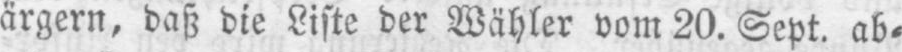
ärgern, daß die Liste der Wähler vom 20. Sept. ab⸗